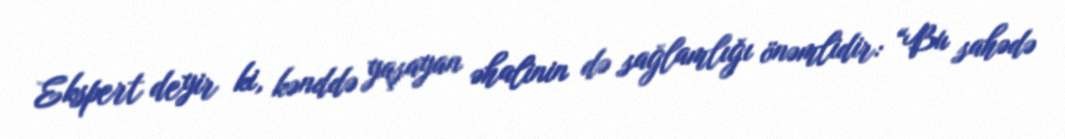
Ekspert deyir ki, kənddə yaşayan əhalinin də sağlamlığı önəmlidir: “Bu sahədə